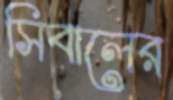
সিবালের